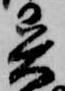
異